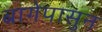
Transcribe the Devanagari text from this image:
बागेपासुन